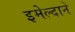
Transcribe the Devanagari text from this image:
इमेल्दाने